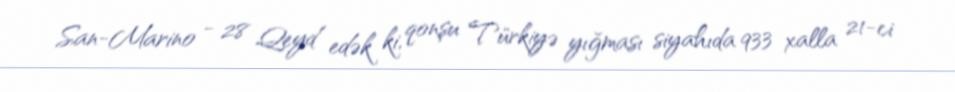
San-Marino - 28 Qeyd edək ki, qonşu Türkiyə yığması siyahıda 933 xalla 21-ci